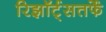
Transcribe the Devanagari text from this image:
रिझॉर्ट्‌सतर्फे